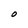
Character: O